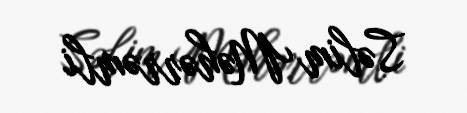
Səlim Məhərrəmli